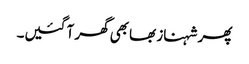
پھر شہناز بھابھی گھر آ گئیں۔